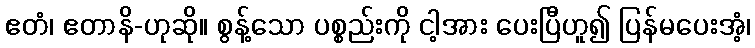
ဧတံ၊ ဧတာနိ-ဟုဆို။ စွန့်သော ပစ္စည်းကို ငါ့အား ပေးပြီဟူ၍ ပြန်မပေးအံ့၊